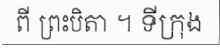
ពី ព្រះបិតា ។ ទីក្រុង